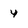
Character: 4